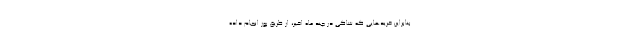
بنابراین خریدهایی که شاکی در چند ماه اخیر، از طریق پوز انجام داده